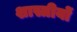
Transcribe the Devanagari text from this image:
शास्त्रीयों